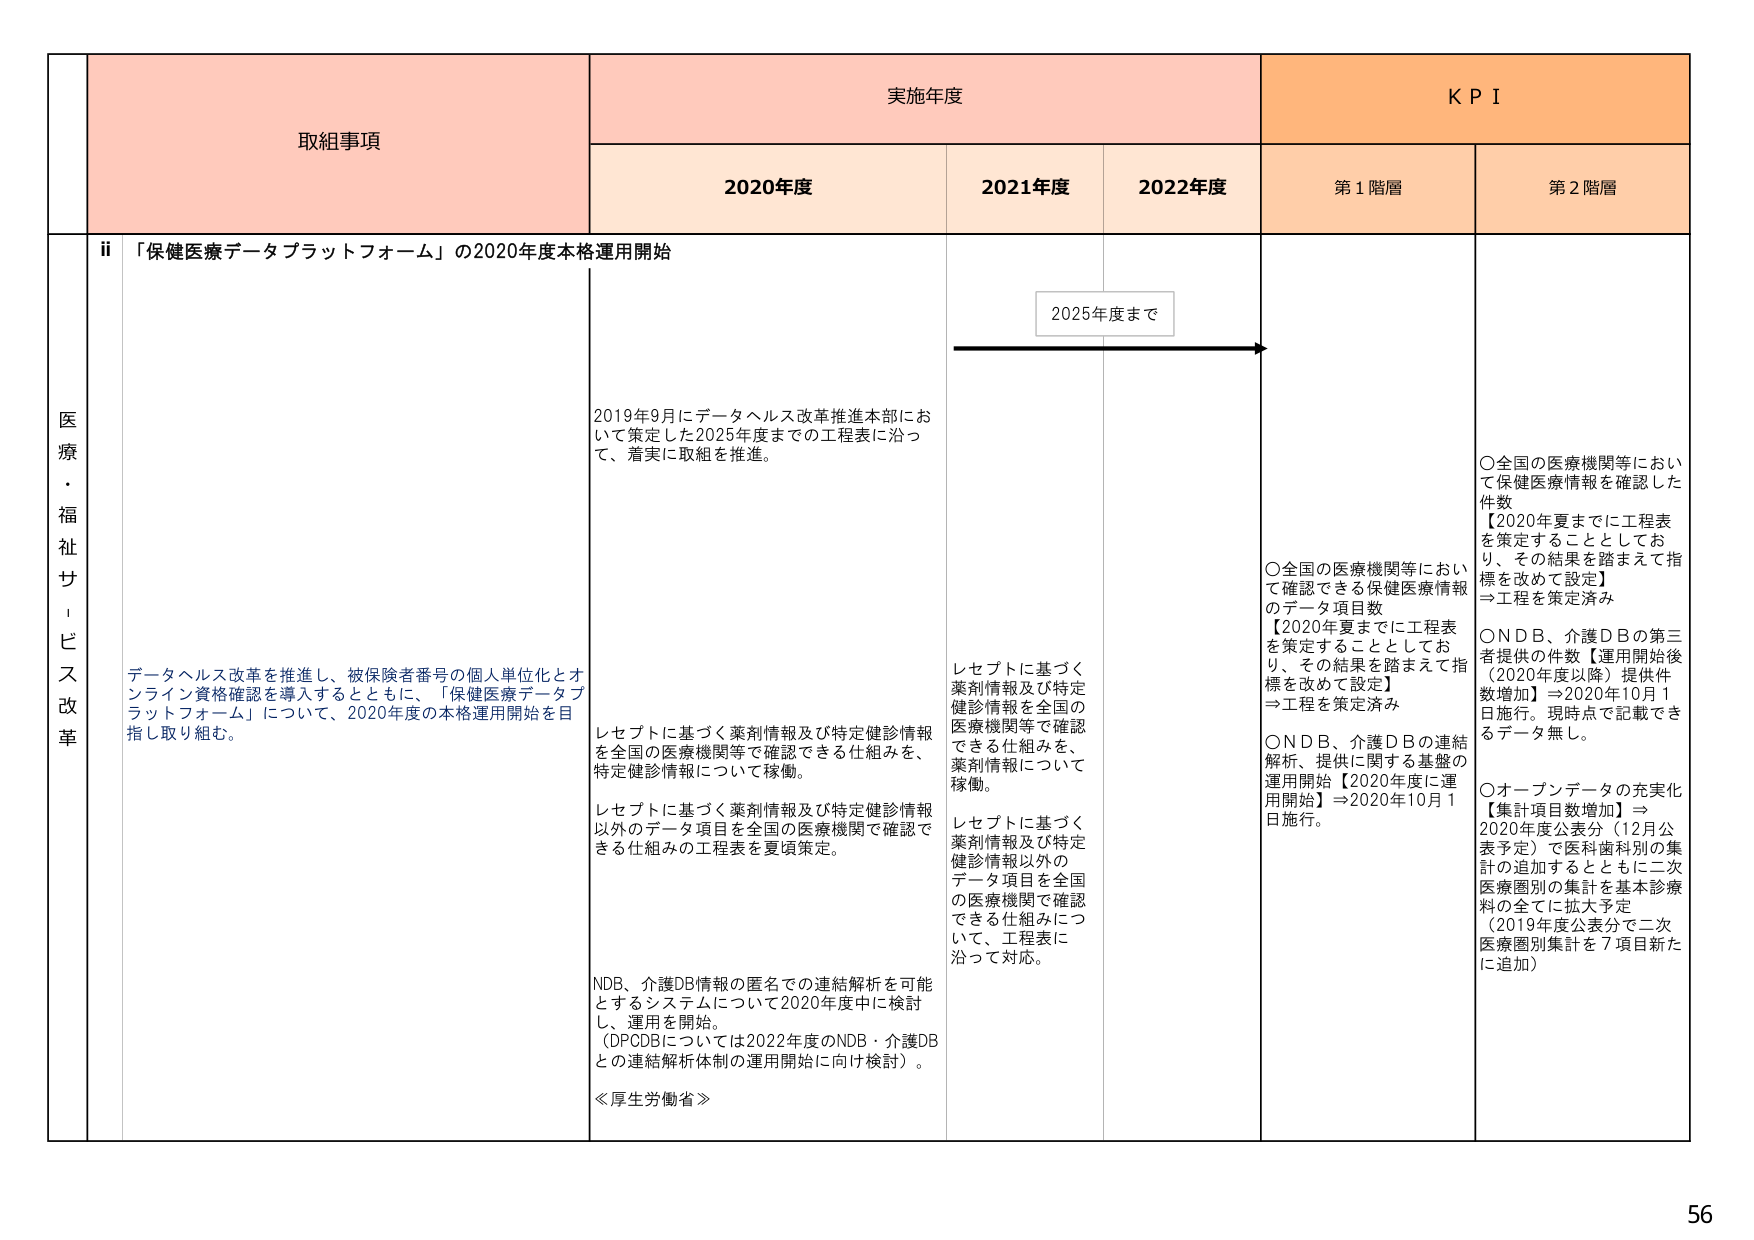
医療・福祉サービス改革

取組事項

ii 「保健医療データプラットフォーム」の2020年度本格運用開始

データヘルス改革を推進し、被保険者番号の個人単位化とオンライン資格確認を導入するとともに、「保健医療データプラットフォーム」について、2020年度の本格運用開始を目指し取り組む。

2019年9月にデータヘルス改革推進本部において策定した2025年度までの工程表に沿って、着実に取組を推進。

レセプトに基づく薬剤情報及び特定健診情報を全国の医療機関等で確認できる仕組みを、特定健診情報について稼働。

レセプトに基づく薬剤情報及び特定健診情報以外のデータ項目を全国の医療機関で確認できる仕組みの工程表を夏頃策定。

NDB、介護DB情報の匿名での連結解析を可能とするシステムについて2020年度中に検討し、運用を開始。
（DPDBについては2022年度のNDB・介護DBとの連結解析体制の運用開始に向け検討）。

≪厚生労働省≫

実施年度

2020年度

2021年度

2022年度

2025年度まで

レセプトに基づく薬剤情報及び特定健診情報を全国の医療機関等で確認できる仕組みを、薬剤情報について稼働。

レセプトに基づく薬剤情報及び特定健診情報以外のデータ項目を全国の医療機関で確認できる仕組みについて、工程表に沿って対応。

KPI

第1階層

○全国の医療機関等において確認できる保健医療情報のデータ項目数
【2020年夏までに工程表を策定することとしており、その結果を踏まえて指標を改めて設定】
⇒工程を策定済み

○NDB、介護DBの連結解析、提供に関する基盤の運用開始【2020年度に運用開始】⇒2020年10月1日施行。

第2階層

○全国の医療機関等において保健医療情報を確認した件数
【2020年夏までに工程表を策定することとしており、その結果を踏まえて指標を改めて設定】
⇒工程を策定済み

○NDB、介護DBの第三者提供の件数【運用開始後（2020年度以降）提供件数増加】⇒2020年10月1日施行。現時点で記載できるデータ無し。

○オープンデータの充実化【集計項目数増加】⇒2020年度公表分（12月公表予定）で医科歯科別の集計の追加するとともに二次医療圏別の集計を基本診療料の全てに拡大予定（2019年度公表分で二次医療圏別集計を7項目新たに追加）

56